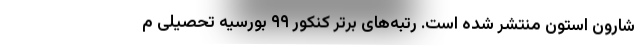
شارون استون منتشر شده است. رتبه‌های برتر کنکور ۹۹ بورسیه تحصیلی م